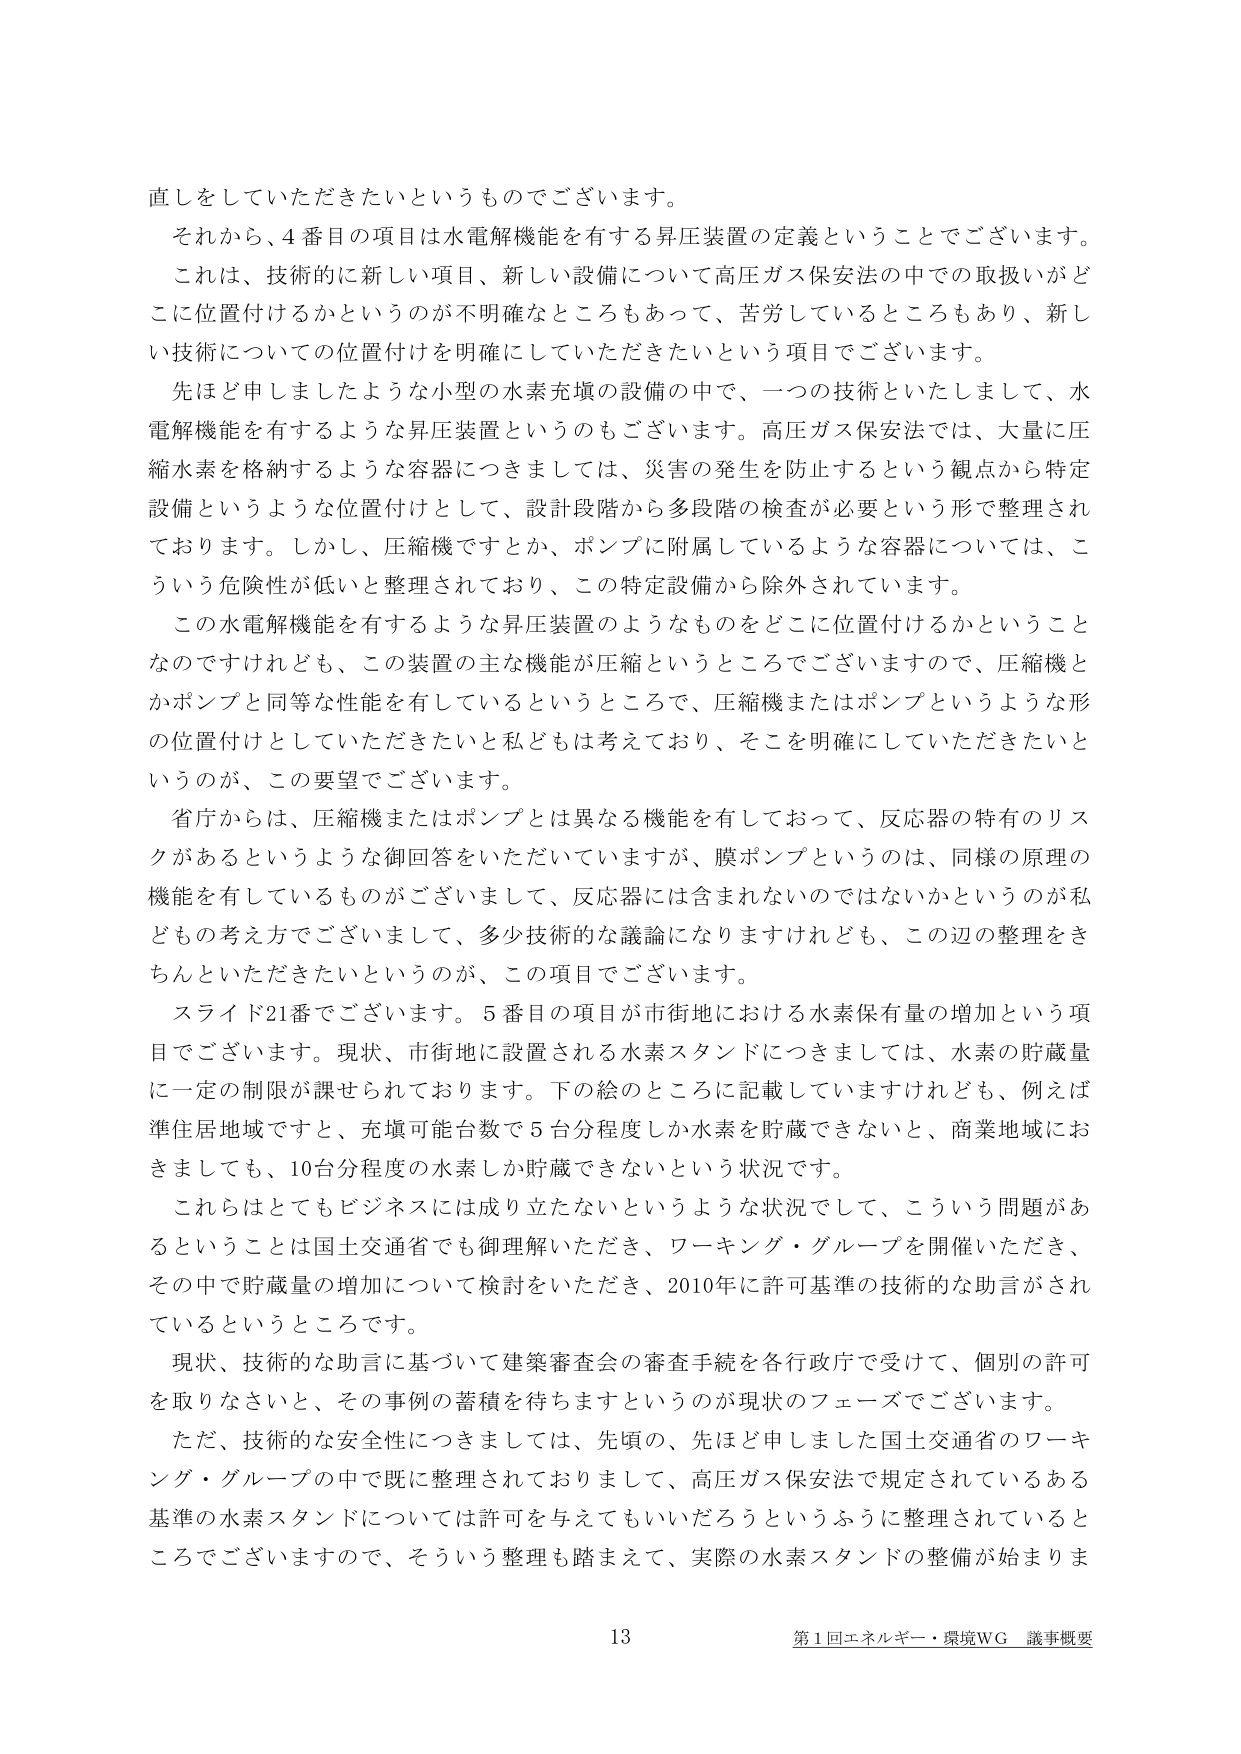
直しをしていただきたいというものでございます。

それから、4番目の項目は水電解機能を有する昇圧装置の定義ということでございます。
これは、技術的に新しい項目、新しい設備について高圧ガス保安法の中での取扱いがどこに位置付けるかというのが不明確なところもあって、苦労しているところもあり、新しい技術についての位置付けを明確にしていただきたいという項目でございます。

先ほど申しましたような小型の水素充填の設備の中で、一つの技術といたしまして、水電解機能を有するような昇圧装置というのもございます。高圧ガス保安法では、大量に圧縮水素を格納するような容器につきましては、災害の発生を防止するという観点から特定設備というような位置付けとして、設計段階から多段階の検査が必要という形で整理されております。しかし、圧縮機ですとか、ポンプに附属しているような容器については、こういう危険性が低いと整理されており、この特定設備から除外されています。

この水電解機能を有するような昇圧装置のようなものをどこに位置付けるかということなのですが、この装置の主な機能が圧縮というところでございますので、圧縮機とかポンプと同等な性能を有しているというところで、圧縮機またはポンプというような形の位置付けをしていただきたいと私どもは考えており、そこを明確にしていただきたいというのが、この要望でございます。

省庁からは、圧縮機またはポンプとは異なる機能を有しておって、反応器の特有のリスクがあるというような御回答をいただいていますが、膜ポンプというのは、同様の原理の機能を有しているものがございまして、反応器には含まれないのではないかというのが私どもの考え方でございまして、多少技術的な議論になりますけれども、この辺の整理をきちんとしていただきたいというのが、この項目でございます。

スライド21番でございます。5番目の項目が市街地における水素保有量の増加という項目でございます。現状、市街地に設置される水素スタンドにつきましては、水素の貯蔵量に一定の制限が課せられております。下の絵のところに記載していますけれども、例えば準住居地域ですと、充填可能台数で5台分程度しか水素を貯蔵できないと、商業地域におきましても、10台分程度の水素しか貯蔵できないという状況です。

これらはとてもビジネスには成り立たないというような状況でして、こういう問題があるということは国土交通省でも御理解いただき、ワーキング・グループを開催いただき、その中で貯蔵量の増加について検討をいただき、2010年に許可基準の技術的な助言がされているというところです。

現状、技術的な助言に基づいて建築審査会の審査手続を各行政庁で受けて、個別の許可を取りなさいと、その事例の蓄積を待ちますというのが現状のフェーズでございます。

ただ、技術的な安全性につきましては、先頃の、先ほど申しました国土交通省のワーキング・グループの中で既に整理されておりまして、高圧ガス保安法で規定されているある基準の水素スタンドについては許可を与えてもいいだろうというふうに整理されているところでございますので、そういう整理も踏まえて、実際の水素スタンドの整備が始まりま

13 第1回エネルギー・環境WG 議事概要